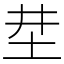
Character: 坓